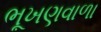
ભૂખણવાળા